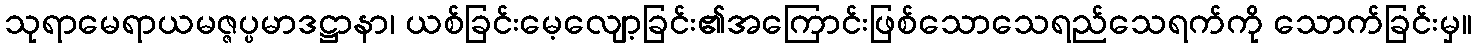
သုရာမေရာယမဇ္ဇပ္ပမာဒဋ္ဌာနာ၊ ယစ်ခြင်းမေ့လျော့ခြင်း၏အကြောင်းဖြစ်သောသေရည်သေရက်ကို သောက်ခြင်းမှ။